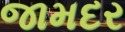
જામદર